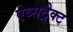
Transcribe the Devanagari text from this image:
ऐब्सट्रैक्ट